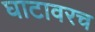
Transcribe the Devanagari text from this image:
घाटावरच